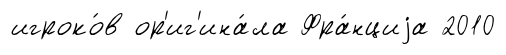
игроко́в ор'иг'ина́ла Фра́нциjа 2010